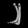
Digit: ၂